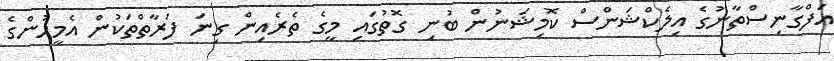
އަފްގާނިސްތާނުގެ އިލެކްޝަންސް ކޮމިޝަނުން ބުނި ގޮތުގައި މީގެ ތެރެއިން ގިނަ ފަރާތްތަކުން އެމީހުންގެ